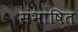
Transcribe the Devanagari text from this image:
संभाषित